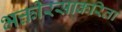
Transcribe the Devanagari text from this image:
भक्तीरसाकरिता